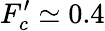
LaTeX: F_{c}^{\prime}\simeq 0.4